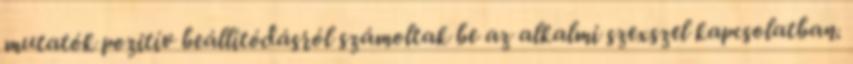
mutatók pozitív beállítódásról számoltak be az alkalmi szexszel kapcsolatban.